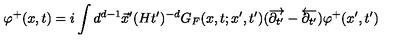
\varphi ^ { + } ( x , t ) = i \int d ^ { d - 1 } \vec { x } ^ { \prime } ( H t ^ { \prime } ) ^ { - d } G _ { F } ( x , t ; x ^ { \prime } , t ^ { \prime } ) ( \overrightarrow { \partial _ { t ^ { \prime } } } - \overleftarrow { \partial _ { t ^ { \prime } } } ) \varphi ^ { + } ( x ^ { \prime } , t ^ { \prime } )